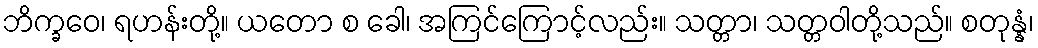
ဘိက္ခဝေ၊ ရဟန်းတို့။ ယတော စ ခေါ၊ အကြင်ကြောင့်လည်း။ သတ္တာ၊ သတ္တဝါတို့သည်။ စတုန္နံ၊